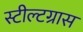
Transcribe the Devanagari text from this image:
स्टील्टग्रास